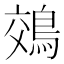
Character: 鵁